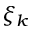
\xi _ { k }